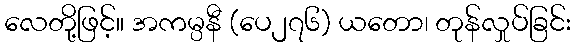
လေတို့ဖြင့်။ အကမ္ပနီ (ပေ၂၇၆) ယတော၊ တုန်လှုပ်ခြင်း